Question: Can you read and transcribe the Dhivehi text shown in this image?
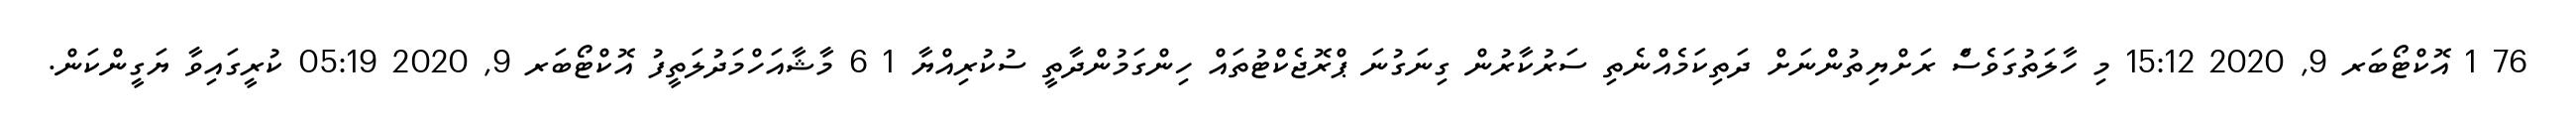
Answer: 76 1 އޮކްޓޯބަރ 9, 2020 15:12 މި ހާލަތުގަވެސަް ރަށްޔިތުންނަށް ދަތިކަމެއްނެތި ސަރުކާރުން ގިނަގުނަ ޕްރޮޖެކްޓުތައް ހިންގަމުންދާތީ ސުކުރިއްޔާ 1 6 މާޝާއަހްމަދުލަތީފު އޮކްޓޯބަރ 9, 2020 05:19 ކުރީގައިވާ ޔަގީންކަން.